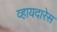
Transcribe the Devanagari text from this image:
व्हायदारेस